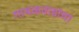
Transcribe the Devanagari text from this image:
गायकवाडांचा